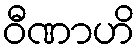
ဝီဏာဟိ